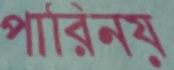
পারিনয়